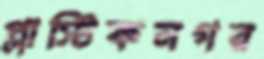
প্লাস্টিকনগর